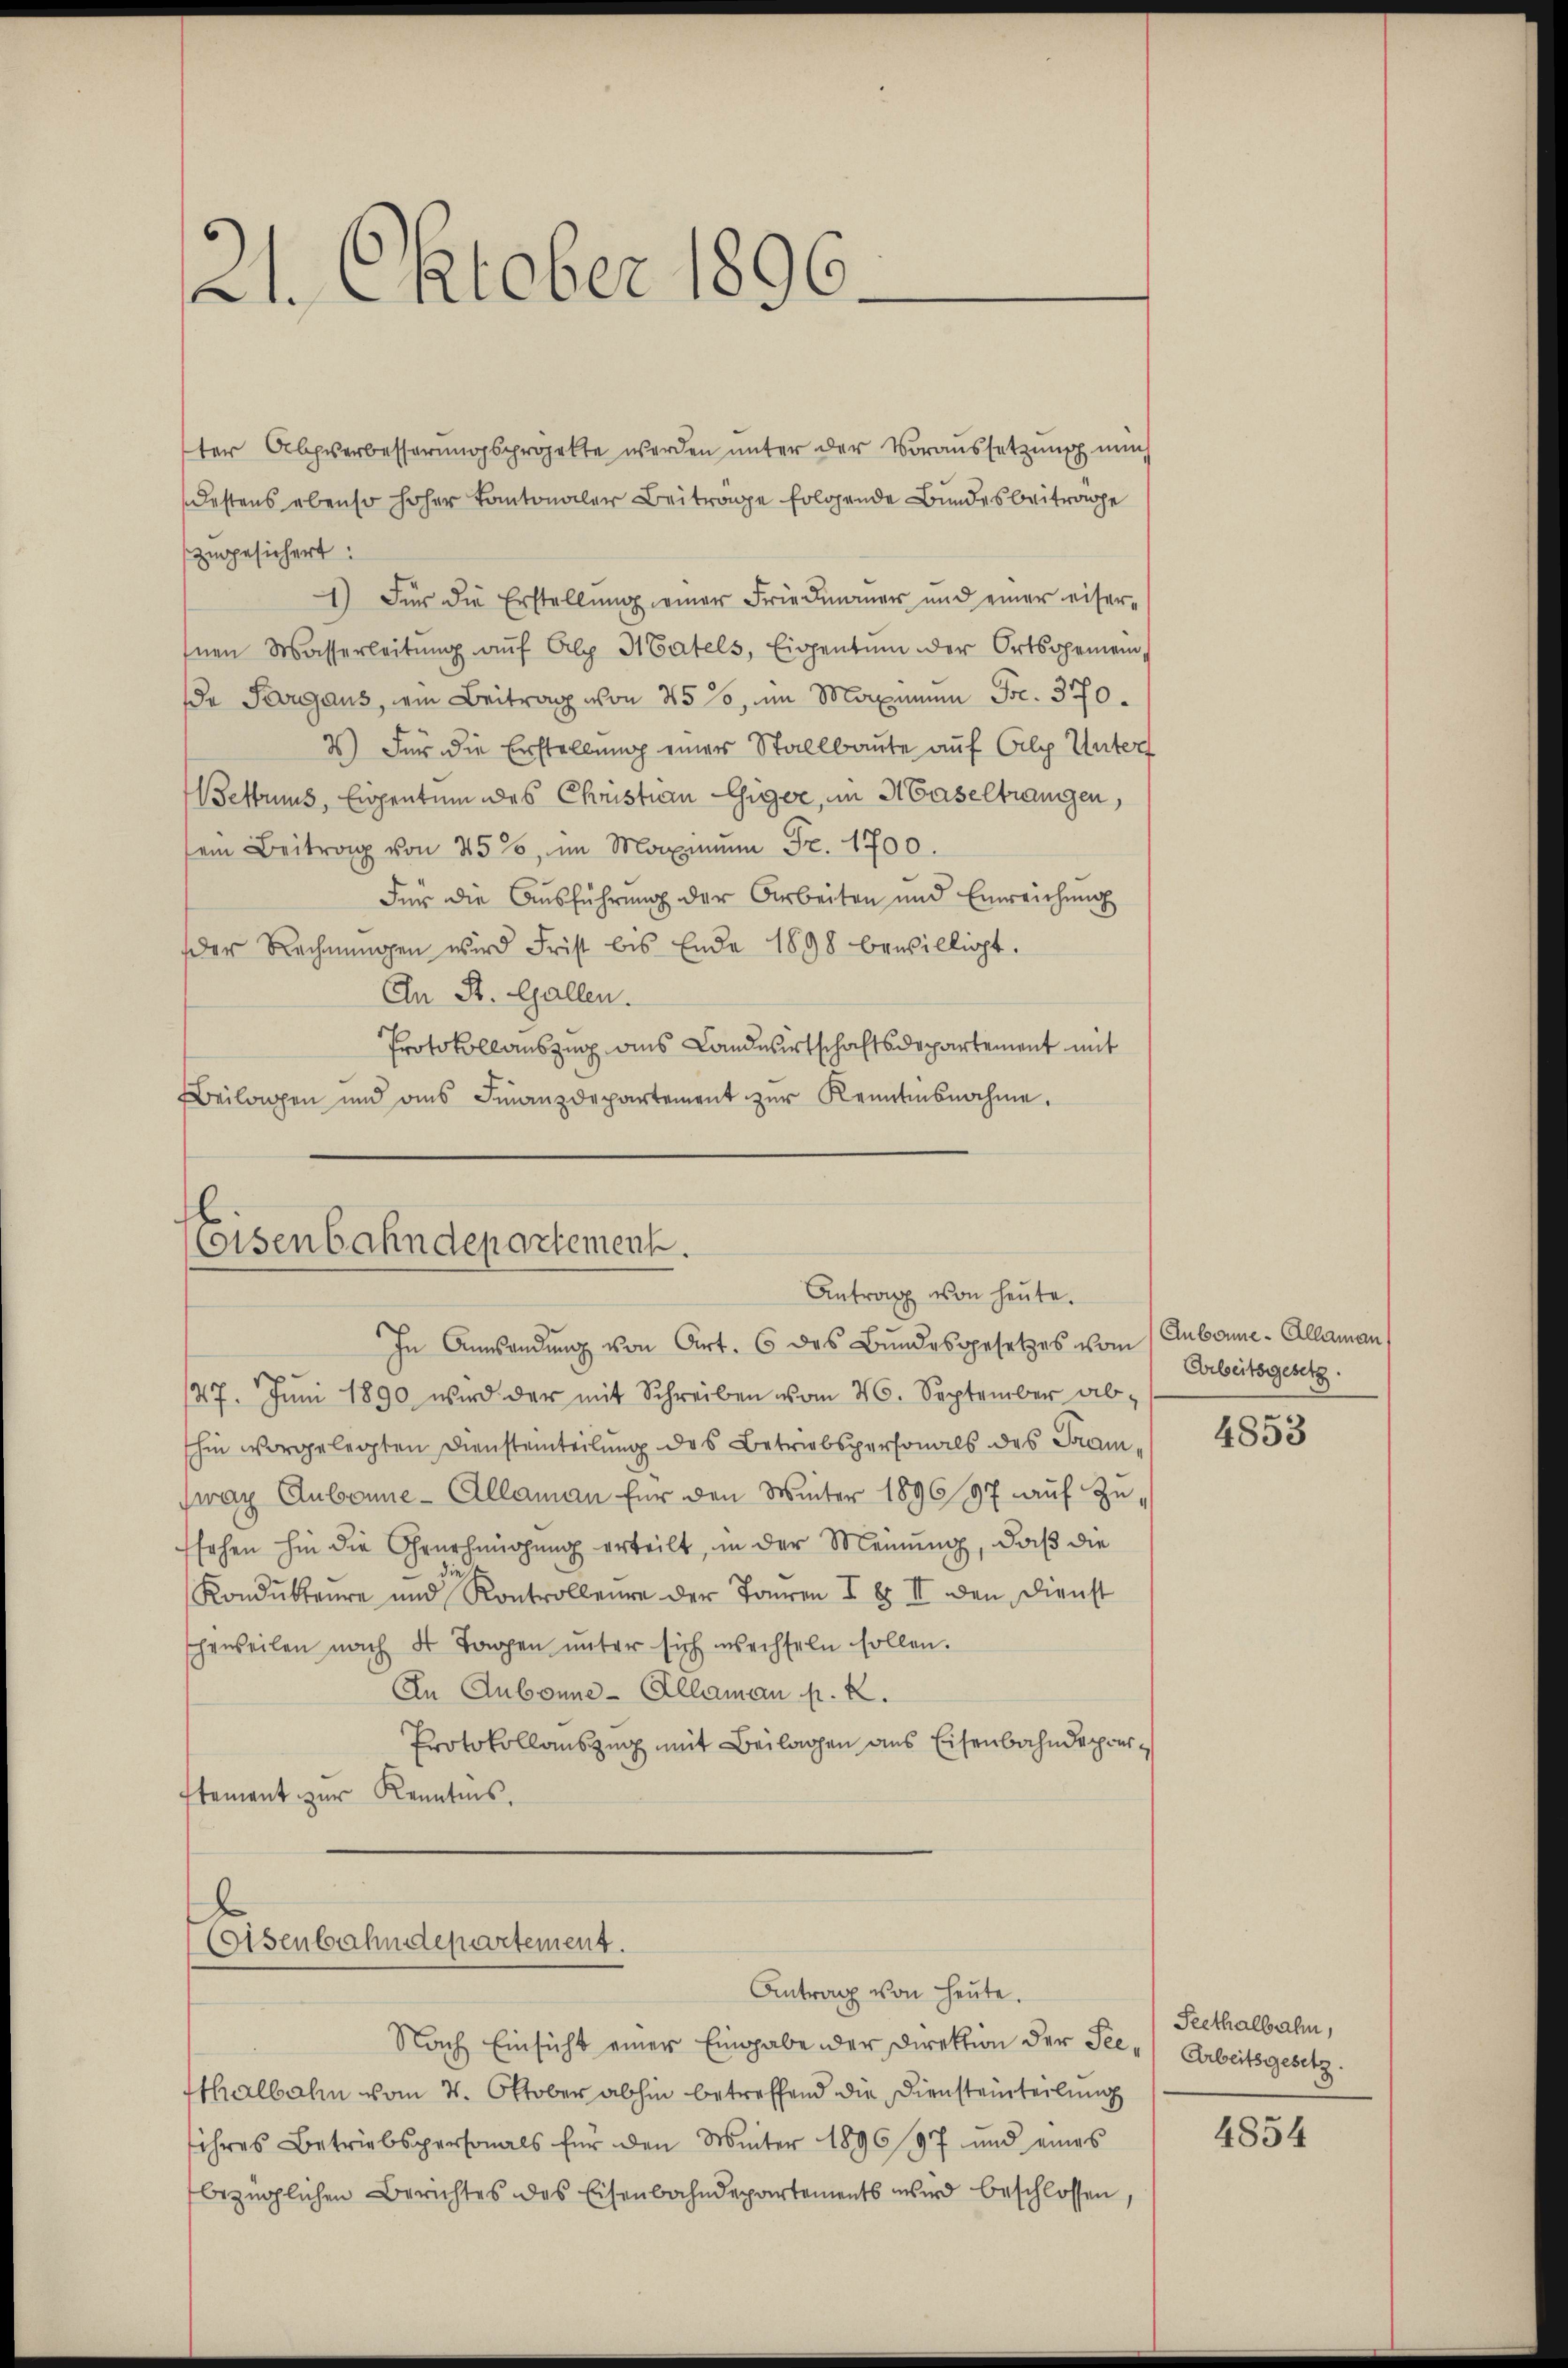
21. Oktober 1896.

ter Abpverbesserungsprojekte werden unter der Voraussetzung nun
destens ebenso hoher Kantonaler Beitrage folgende Bundesbeitrage
zugesichert:
1) Für die Erstellung einer Friedmauer und einer eiser-
Inen Wasserleitŭng auf Alp MGatels, Eigentum der Ortsgemein
de Sargaus, ein Beitrag von 45 %, im Maximum Fr. 370.
2) Für die Erstellung einer Stallbaute auf Alp Unterf
ettruus, Eigentum des Christian Giger, in Haseltrangen,
sem Beitrag von 25%, im Maximŭm Fr. 1700.
Für die Ausführung der Arbeiten und Einreichung
der Rechnŭngen wird Frist bis Ende 1898 bewilligt.
An St. Gallen.
Protokollauszug aus Landwirtschaftsdepartement mit
Beilagen und ans Finanzdepartement zur Kenntnisnahme.

Eisenbahndepartement.
Antrag von heute.

In Amsendung von Art. 6 des Bundesgesetzes vom 1 Aubone-Allamann
47. Juni 1890 wird der mit Schreiben vom 26. September abhin vorgelegten Diensteinteilung des Betriebspersonals des Tramwaz Aubonne - Allaman für den Winter 1896 97 auf Zusehen hin die Genehmigung erteilt, in der Meinung, daß die
Kondukteure und Kontrolleure der Touren I & II den Dienst
Eheweilen nach 4 Tagen ŭnter sich wechseln sollen.
An Aubonne-Allaman p. 2.
Protokollauszug mit Beilagen aus Eisenbahndeparstement zur Kenntnis.
Coisenbahndepartement.
Antrag von heute.

Arbeitsgesetz.

Nach Einsicht einer Eingabe der Direktion der See- Arbeitsgesetz
tthalbahn vom 4. Oktober abhin betreffend die Diensteinteilung
ihres Betriebspersonals für den Winter 189697 und eines
bezüglichen Berichtes des Eisenbahndepartements wird beschlossen,

4853

Seethalbahn,

4854